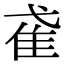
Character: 𨾍